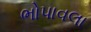
ભોપાવલા